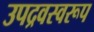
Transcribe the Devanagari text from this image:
उपद्रवस्वरूप